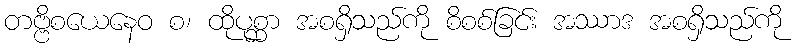
တဗ္ဗိစယေနေဝ စ၊ ထိုပုစ္ဆာ အစရှိသည်ကို စိစစ်ခြင်း အဿာဒ အစရှိသည်ကို